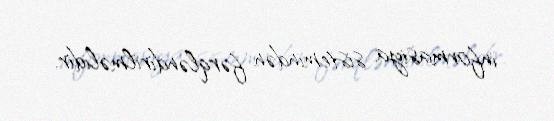
informasiya sistemindən fərqləndirilməlidir.